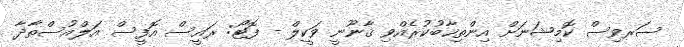
ސަރވިސް ކޮމިޝަނަށް އިންތިޚާބުކުރެއްވި ޤާނޫނީ ވަކީލް - ފޮޓޯ: ރައީސް އޮފީސް އަލްއުސްތާޛާ